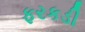
ફરકડી